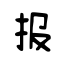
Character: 报